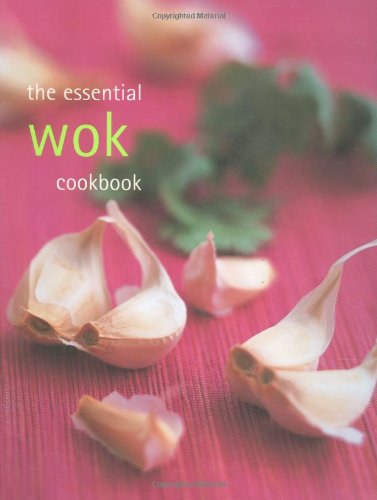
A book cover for Essential Wok Cookbook; *             ; Cookbooks, Food & Wine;